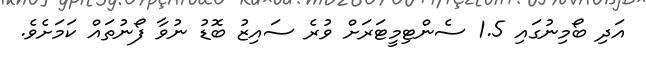
އަދި ބޯމިނުގައި 1.5 ސެންޓިމީޓަރަށް ވުރެ ސައިޒު ބޮޑު ނުވާ ފޯނުތައް ކަމަށެވެ.